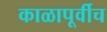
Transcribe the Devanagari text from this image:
काळापूर्वीच